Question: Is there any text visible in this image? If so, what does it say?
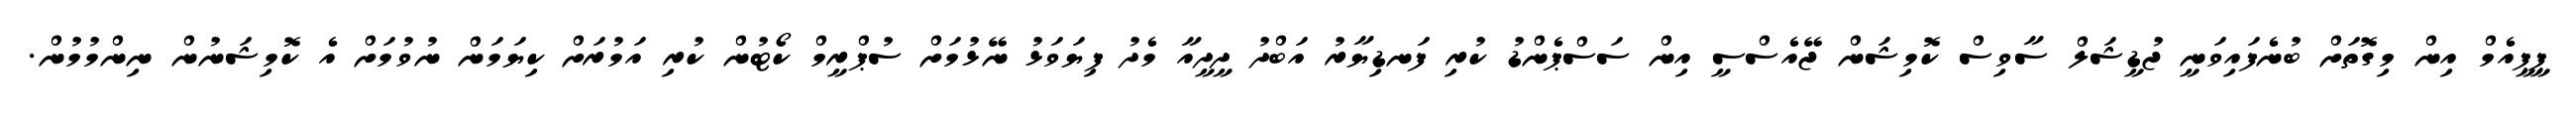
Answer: ޕީޕީއެމް އިން މިގޮތަށް ބުނެފައިވަނީ ޖުޑީޝަލް ސާވިސް ކޮމިޝަން ޖޭއެސްސީ އިން ސަސްޕެންޑު ކުރި ފަނޑިޔާރު އަބްދު ދީދީއާ މެދު ފިޔަވަޅު ނޭޅުމަށް ސުޕްރީމް ކޯޓުން ކުރި އަމުރަށް ކިޔަމަން ނުވުމަށް އެ ކޮމިޝަނުން ނިންމުމުން.